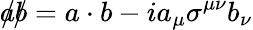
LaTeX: {a\! \! \! /}{b\! \! \! /}=a\cdot b-ia_{\mu}\sigma^{\mu\nu}b_{\nu}